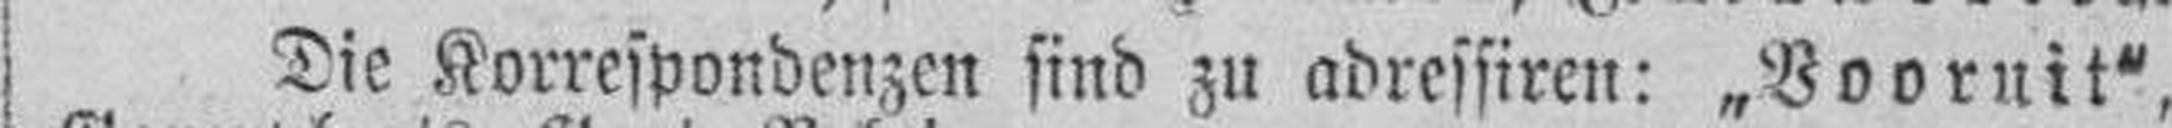
Die Korrespondenzen sind zu adressiren: „Vooruit“,